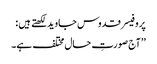
پروفیسر قدوس جاوید لکھتے ہیں :
’’آج صورتِ حال مختلف ہے۔